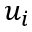
u _ { i }